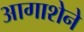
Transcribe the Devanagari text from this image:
आगाशेने